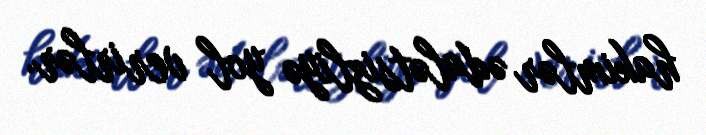
hakimlər ədalətsizliyə yol verirlər.